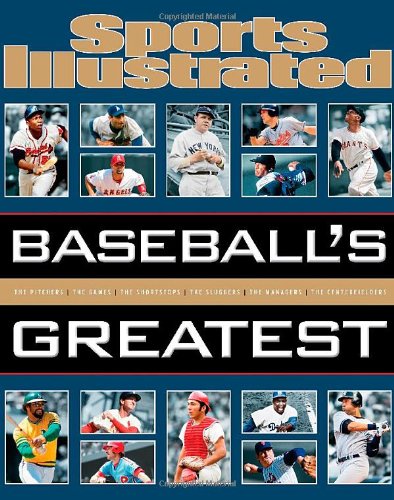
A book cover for Sports Illustrated Baseball's Greatest; Editors of Sports Illustrated; Arts & Photography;